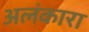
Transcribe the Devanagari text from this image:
अलंकारा